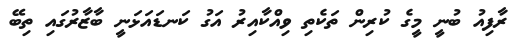
ރާފިއު ބުނީ މީގެ ކުރިން ތަކެތި ވިއްކާއިރު އަގު ކަނޑައަޅަނީ ބާޒާރުގައި ތިބޭ